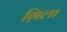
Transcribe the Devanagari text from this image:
ग़िला